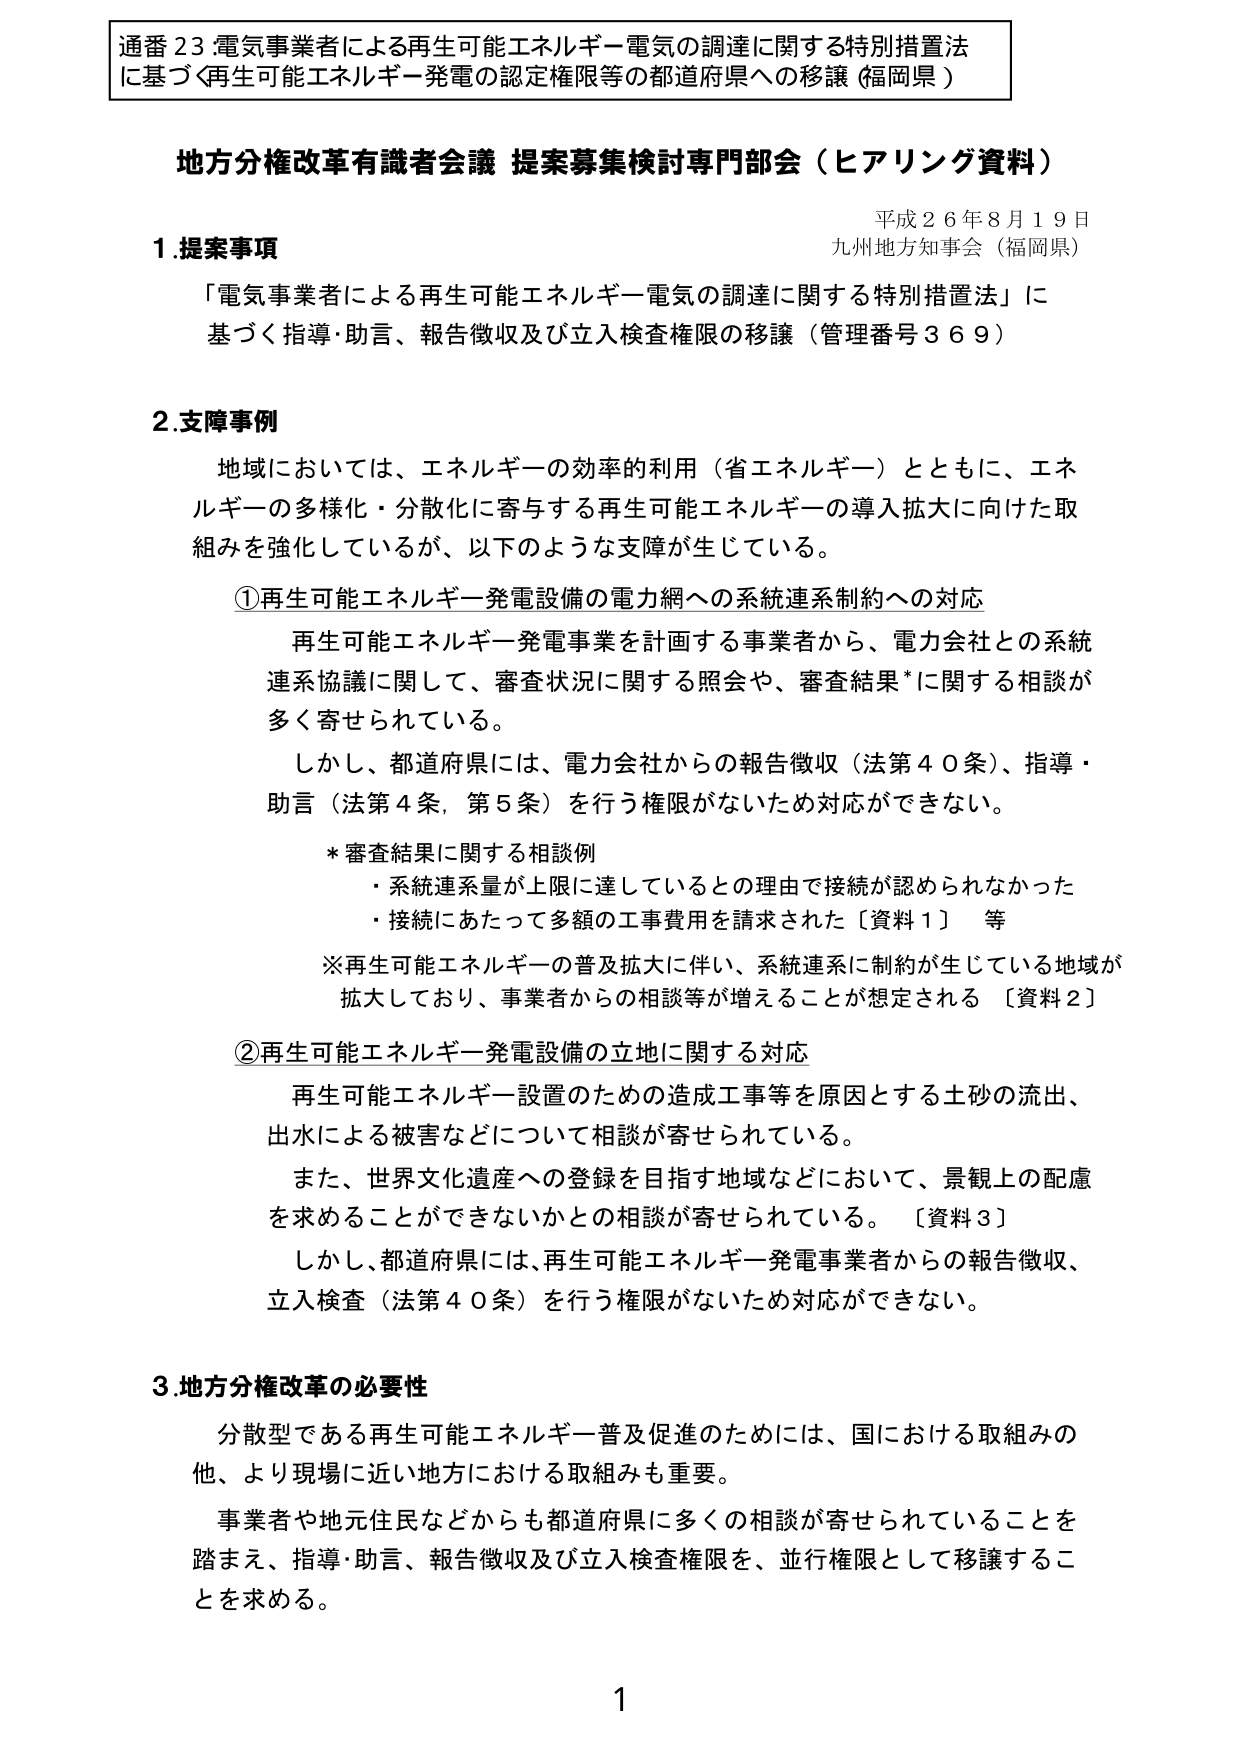
通番23.電気事業者による再生可能エネルギー電気の調達に関する特別措置法に基づく再生可能エネルギー発電の認定権限等の都道府県への移譲（福岡県）

地方分権改革有識者会議 提案募集検討専門部会（ヒアリング資料）

平成26年8月19日
九州地方知事会（福岡県）

1. 提案事項
「電気事業者による再生可能エネルギー電気の調達に関する特別措置法」に基づく指導・助言、報告徴収及び立入検査権限の移譲（管理番号369）

2. 支障事例
地域においては、エネルギーの効率的利用（省エネルギー）とともに、エネルギーの多様化・分散化に寄与する再生可能エネルギーの導入拡大に向けた取組みを強化しているが、以下のような支障が生じている。

①再生可能エネルギー発電設備の電力網への系統連系制約への対応
再生可能エネルギー発電事業を計画する事業者から、電力会社との系統連系協議に関して、審査状況に関する照会や、審査結果*に関する相談が多く寄せられている。
しかし、都道府県には、電力会社からの報告徴収（法第40条）、指導・助言（法第4条、第5条）を行う権限がないため対応ができない。

*審査結果に関する相談例
・系統連系量が上限に達しているとの理由で接続が認められなかった
・接続にあたって多額の工事費用を請求された［資料1］等

※再生可能エネルギーの普及拡大に伴い、系統連系に制約が生じている地域が拡大しており、事業者からの相談等が増えることが想定される［資料2］

②再生可能エネルギー発電設備の立地に関する対応
再生可能エネルギー設置のための造成工事等を原因とする土砂の流出、出水による被害などについて相談が寄せられている。
また、世界文化遺産への登録を目指す地域などにおいて、景観上の配慮を求めることができないかとの相談が寄せられている。［資料3］
しかし、都道府県には、再生可能エネルギー発電事業者からの報告徴収、立入検査（法第40条）を行う権限がないため対応ができない。

3. 地方分権改革の必要性
分散型である再生可能エネルギー普及促進のためには、国における取組みの他、より現場に近い地方における取組みも重要。
事業者や地元住民などからも都道府県に多くの相談が寄せられていることを踏まえ、指導・助言、報告徴収及び立入検査権限を、並行権限として移譲することを求める。

1